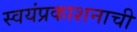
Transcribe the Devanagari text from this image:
स्वयंप्रकाशनाची